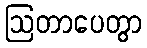
ဩတာပေတွာ